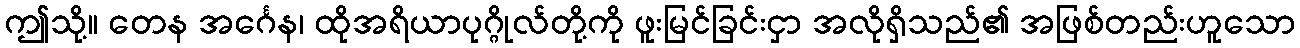
ဤသို့။ တေန အင်္ဂေန၊ ထိုအရိယာပုဂ္ဂိုလ်တို့ကို ဖူးမြင်ခြင်းငှာ အလိုရှိသည်၏ အဖြစ်တည်းဟူသော